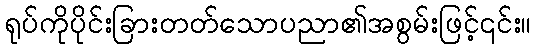
ရုပ်ကိုပိုင်းခြားတတ်သောပညာ၏အစွမ်းဖြင့်၎င်း။